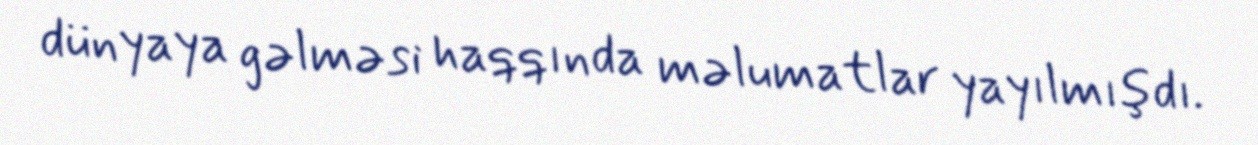
dünyaya gəlməsi haqqında məlumatlar yayılmışdı.